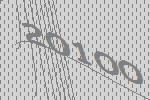
20100